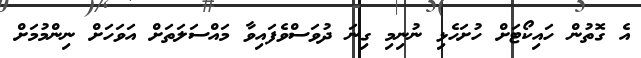
އެ ގޮތުން ހައިކޯޓަށް ހުށަހެޅި ނުނިމި ގިނަ ދުވަސްވެފައިވާ މައްސަލަތަށް އަވަހަށް ނިންމުމަށް